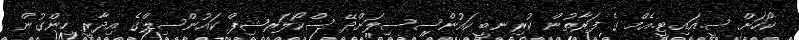
ކޯހަށް ސީ.އައި.ޓީ.އެމް ގެ ފަރާތުން ކުރިނބީ ކައުންސސިލަށްދޭ ސްކޯލަރޝިޕް ކައުންސިލްގެ އިދާރީ ހިންގުން